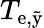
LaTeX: T_{\mathrm{e,\tilde{y}}}